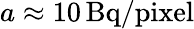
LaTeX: a\approx 10\, \mathrm{Bq/pixel}